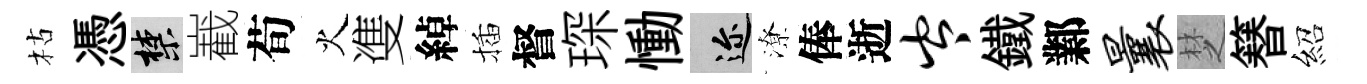
枯憑禁嶻荀火㕠綽插督琛慟邇潦俸逝岑鐵鄴曩椘簮紹